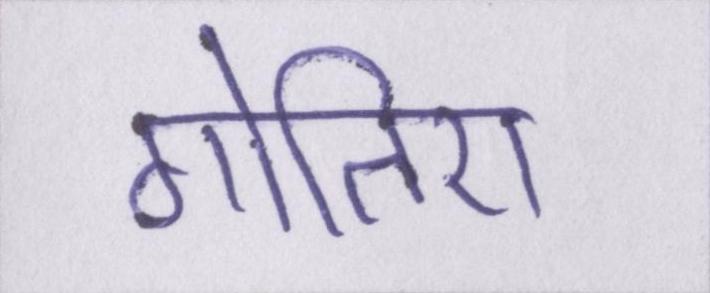
गोतिए